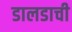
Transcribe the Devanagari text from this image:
डालडाची